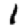
Digit: 1